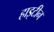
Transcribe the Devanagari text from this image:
हाइटीन